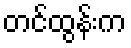
တင်ထွန်းက